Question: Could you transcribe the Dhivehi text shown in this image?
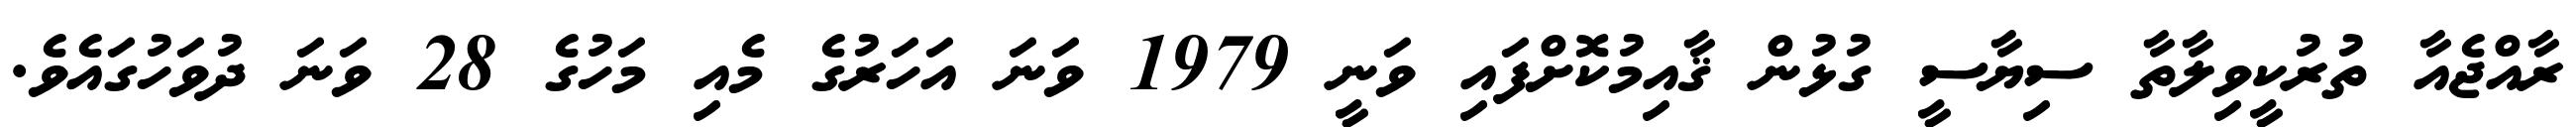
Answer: ރާއްޖެއާ ތުރުކީވިލާތާ ސިޔާސީ ގުޅުން ޤާއިމުކޮށްފައި ވަނީ 1979 ވަނަ އަހަރުގެ މެއި މަހުގެ 28 ވަނަ ދުވަހުގައެވެ.